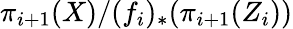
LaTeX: \pi_{i+1}(X)/(f_{i})_{*}(\pi_{i+1}(Z_{i}))